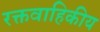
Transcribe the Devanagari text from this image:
रक्तवाहिकीय